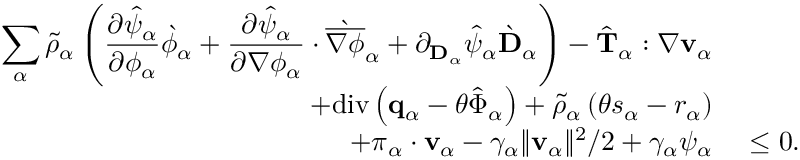
\begin{array} { r l } { \displaystyle \sum _ { \alpha } \tilde { \rho } _ { \alpha } \left( \frac { \partial \hat { \psi } _ { \alpha } } { \partial \phi _ { \alpha } } \grave { \phi } _ { \alpha } + \frac { \partial \hat { \psi } _ { \alpha } } { \partial \nabla \phi _ { \alpha } } \cdot \grave { \overline { { \nabla \phi } } } _ { \alpha } + \partial _ { \mathbf { D } _ { \alpha } } \hat { \psi } _ { \alpha } \grave { \mathbf { D } } _ { \alpha } \right) - \hat { \mathbf { T } } _ { \alpha } : \nabla \mathbf { v } _ { \alpha } } & { } \\ { + \mathrm { d i v } \left( \mathbf { q } _ { \alpha } - \theta \hat { \boldsymbol { \Phi } } _ { \alpha } \right) + \tilde { \rho } _ { \alpha } \left( \theta s _ { \alpha } - r _ { \alpha } \right) } & { } \\ { + \boldsymbol { \pi } _ { \alpha } \cdot \mathbf { v } _ { \alpha } - \gamma _ { \alpha } \| \mathbf { v } _ { \alpha } \| ^ { 2 } / 2 + \gamma _ { \alpha } \psi _ { \alpha } } & { ~ \leq 0 . } \end{array}